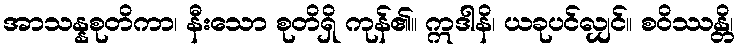
အာသန္နစုတိကာ၊ နီးသော စုတိရှိ ကုန်၏။ ဣဒါနိ၊ ယခုပင်လျှင်။ စဝိဿန္တိ၊